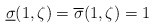
\begin{align*} \underline{\sigma}(1,\zeta)=\overline{\sigma}(1,\zeta)=1\end{align*}